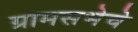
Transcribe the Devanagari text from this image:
ग्रामसभेचे